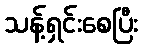
သန့်ရှင်းစေပြီး